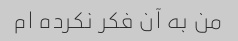
من به آن فکر نکرده ام